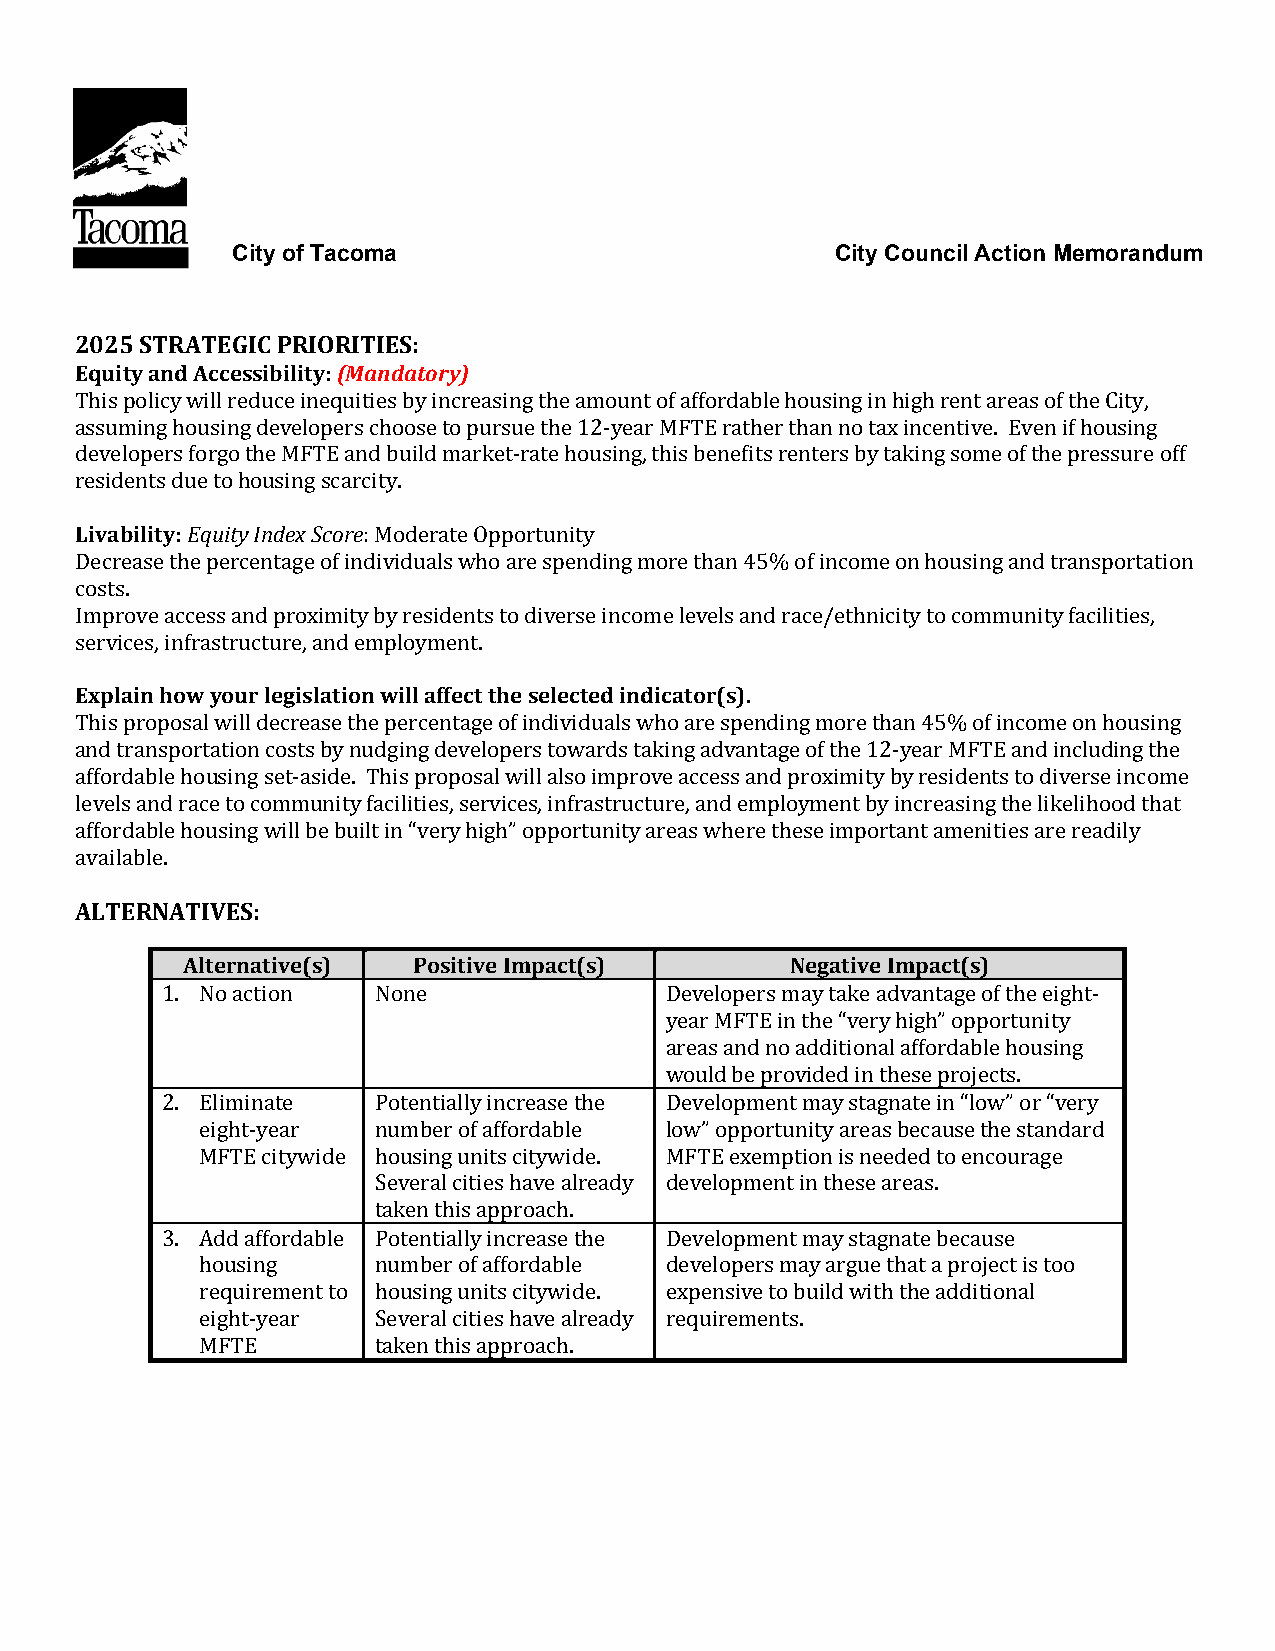
City of Tacoma                          City Council Action Memorandum
 2025 STRATEGIC PRIORITIES:
 Equity and Accessibility: (Mandatory)
 This policy will reduce inequities by increasing the amount of affordable housing in high rent areas of the City,
 assuming housing developers choose to pursue the 12-year MFTE rather than no tax incentive. Even if housing
 developers forgo the MFTE and build market-rate housing, this benefits renters by taking some of the pressure off
 rLeivsiadbeinlittsy d: uEeq utoit hy oInudseinxg S sccoarrecity.
 : Moderate Opportunity
 Decrease the percentage of individuals who are spending more than 45% of income on housing and transportation
 costs.
 I mprove access and proximity by residents to diverse income levels and race/ethnicity to community facilities,
 sEexrpvliaciens ,h inofwra ystoruurc tluergei,s alantdio enm wpliolly amffeenctt. the selected indicator(s).
 This proposal will decrease the percentage of individuals who are spending more than 45% of income on housing
 and transportation costs by nudging developers towards taking advantage of the 12-year MFTE and including the
 affordable housing set-aside. This proposal will also improve access and proximity by residents to diverse income
 levels and race to community facilities, services, infrastructure, and employment by increasing the likelihood that
 a ffordable housing will be built in “very high” opportunity areas where these important amenities are readily
 AavLaTilEabRleN. ATIVES:
 Alternative(s) Positive Impact(s)       Negative Impact(s)
 1. No action  None               Developers may take advantage of the eight-
 year MFTE in the “very high” opportunity
 areas and no additional affordable housing
 would be provided in these projects.
 2. Eliminate  Potentially increase the Development may stagnate in “low” or “very
 eight-year  number of affordable low” opportunity areas because the standard
 MFTE citywide housing units citywide. MFTE exemption is needed to encourage
 Several cities have already development in these areas.
 taken this approach.
 3. Add affordable Potentially increase the Development may stagnate because
 housing     number of affordable developers may argue that a project is too
 requirement to housing units citywide. expensive to build with the additional
 eight-year  Several cities have already requirements.
 MFTE        taken this approach.